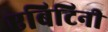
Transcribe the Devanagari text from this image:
एबिटिनी